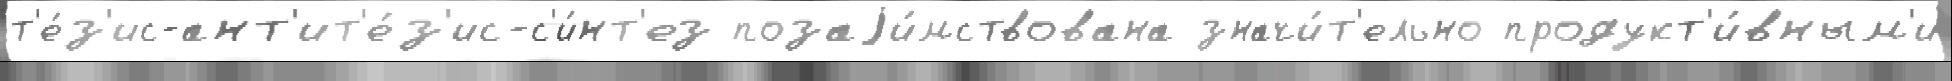
т'е́з'ис-ант'ит'е́з'ис-с'и́нт'ез позаjи́мствована значи́т'ельно продукт'и́вным'и